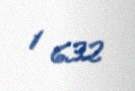
1 632